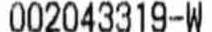
002043319-W